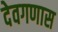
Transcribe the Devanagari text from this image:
देवगणास